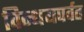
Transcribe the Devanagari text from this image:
विन्धयपर्वत